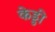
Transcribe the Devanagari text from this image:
केड्डी